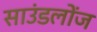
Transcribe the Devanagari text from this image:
साउंडलोंज